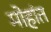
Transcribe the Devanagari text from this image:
मोहांत